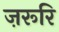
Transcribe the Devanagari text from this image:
ज़रूरि